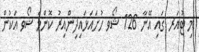
މި ޓުއަރ ގައި އޭނާ 126 ޝޯވ ހުށައަޅައިދިންއިރު ކޮންމެ ޝޯވ އަކުން